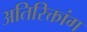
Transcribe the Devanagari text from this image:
अतिरिक्तांग